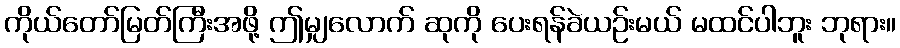
ကိုယ်တော်မြတ်ကြီးအဖို့ ဤမျှလောက် ဆုကို ပေးရန်ခဲယဉ်းမယ် မထင်ပါဘူး ဘုရား။